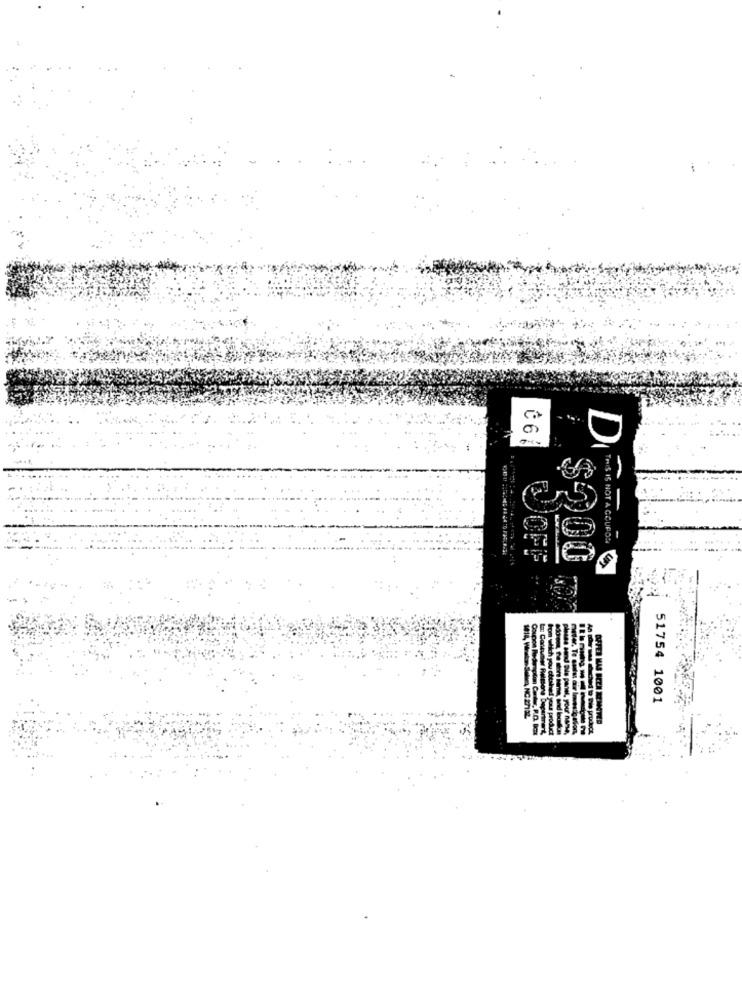
C6A
THIS IS NOT A COUPON
$200
51754 1001